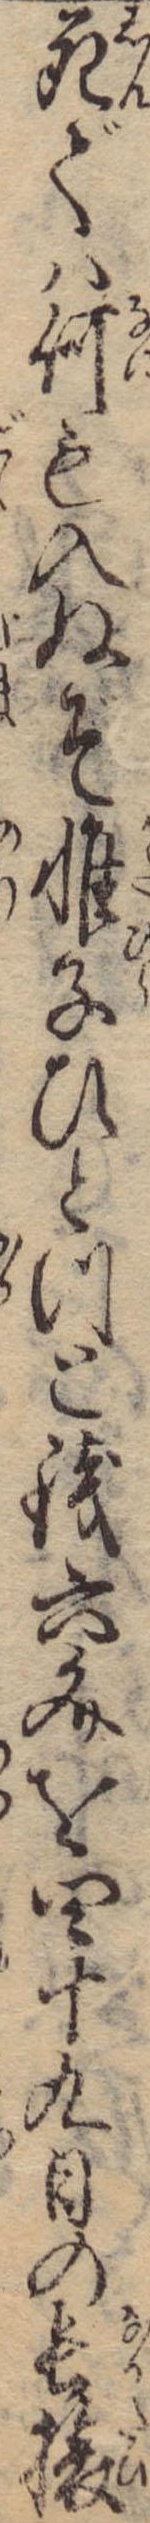
死では何も入ぬぞ帷子ひとつと銭六文を四十九日の長旅